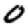
Digit: 0